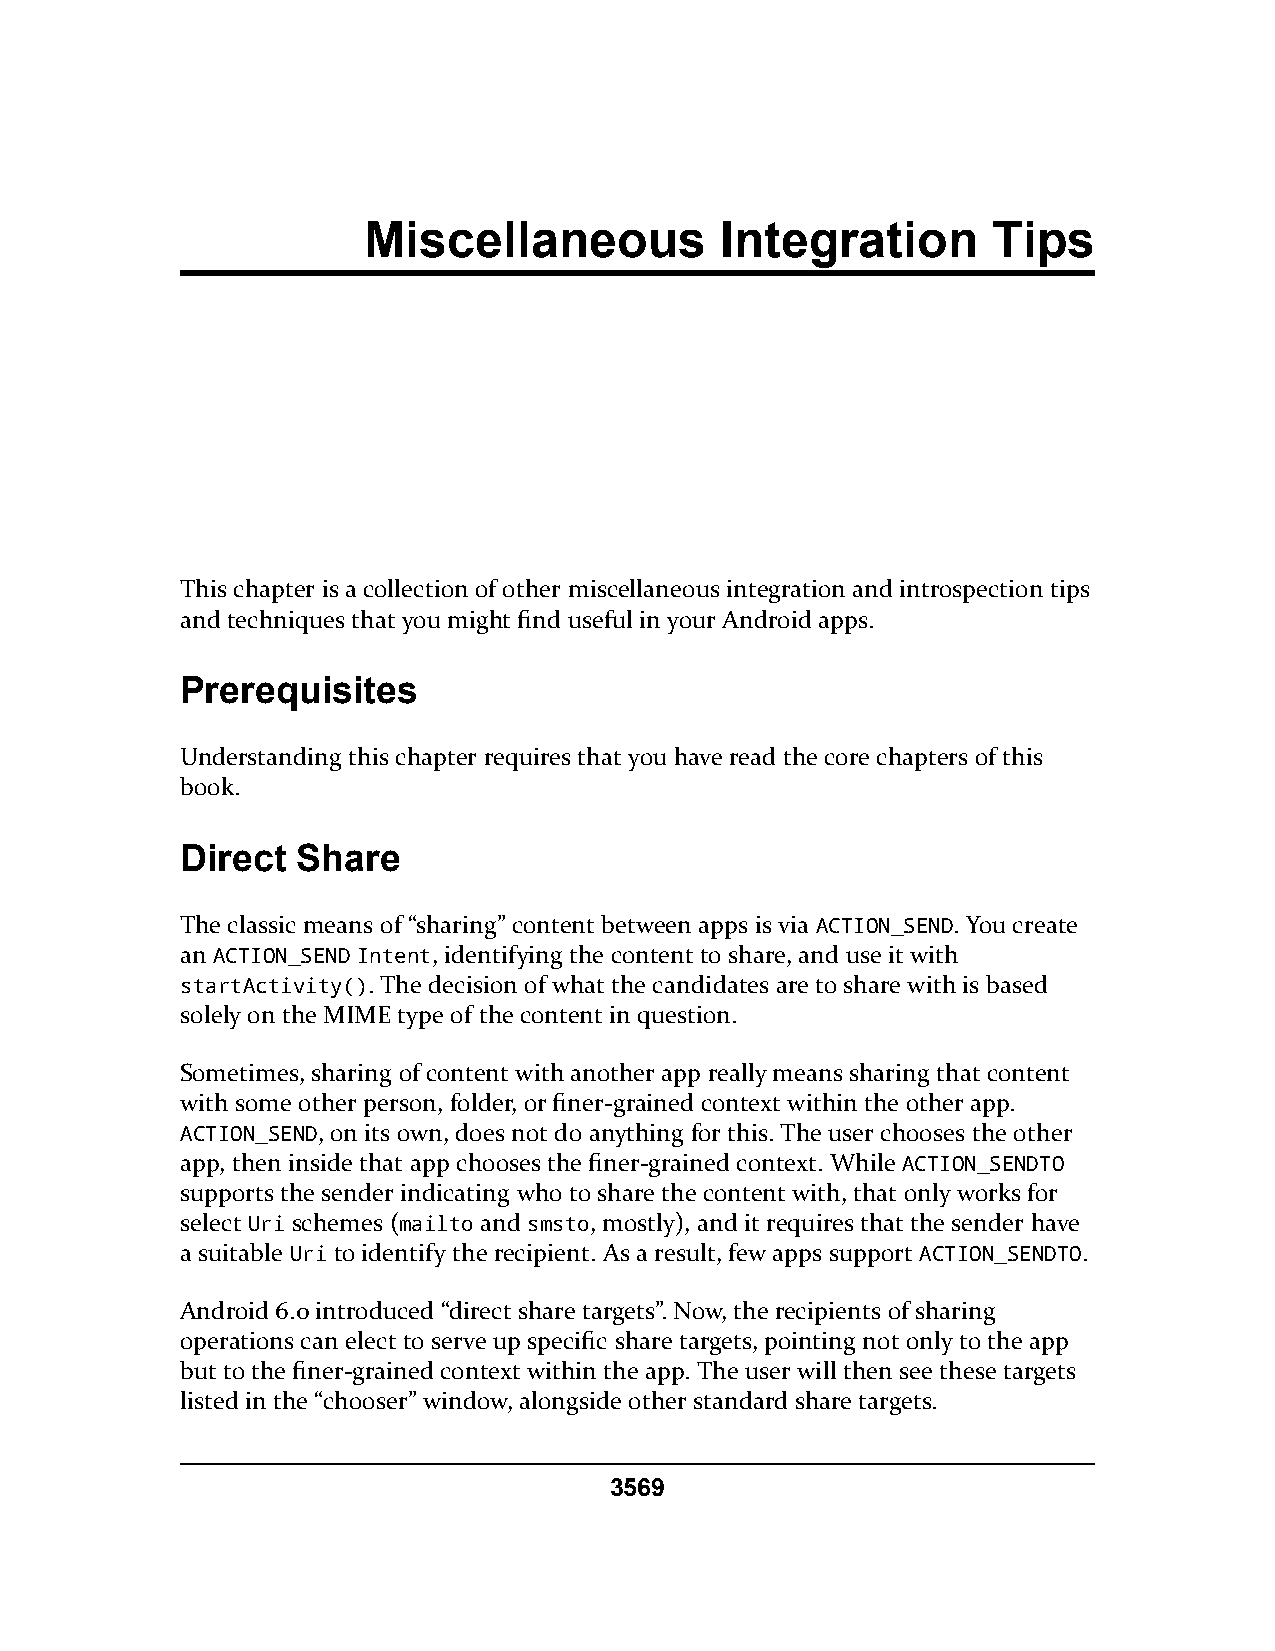
Miscellaneous           Integration       Tips
 This chapter is a collection of other miscellaneous integration and introspection tips
 and techniques that you might find useful in your Android apps.
 Prerequisites
 Understanding this chapter requires that you have read the core chapters of this
 book.
 Direct  Share
 The classic means of “sharing” content between apps is via ACTION_SEND. You create
 an ACTION_SEND Intent, identifying the content to share, and use it with
 startActivity(). The decision of what the candidates are to share with is based
 solely on the MIME type of the content in question.
 Sometimes, sharing of content with another app really means sharing that content
 with some other person, folder, or finer-grained context within the other app.
 ACTION_SEND, on its own, does not do anything for this. The user chooses the other
 app, then inside that app chooses the finer-grained context. While ACTION_SENDTO
 supports the sender indicating who to share the content with, that only works for
 select Uri schemes (mailto and smsto, mostly), and it requires that the sender have
 a suitable Uri to identify the recipient. As a result, few apps support ACTION_SENDTO.
 Android 6.0 introduced “direct share targets”. Now, the recipients of sharing
 operations can elect to serve up specific share targets, pointing not only to the app
 but to the finer-grained context within the app. The user will then see these targets
 listed in the “chooser” window, alongside other standard share targets.
 3569